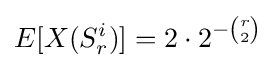
E[X(S_{r}^{i})]=2\cdot 2^{-{r \choose 2}}